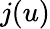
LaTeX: j(u)